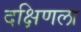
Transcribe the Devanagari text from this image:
दक्षिणला